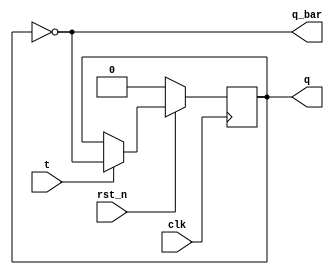
module T_flipflop (
  input clk, rst_n,
  input t,
  output reg q,
  output q_bar
  );
  
  // always@(posedge clk or negedge rst_n) // for asynchronous reset
  always@(posedge clk) begin // for synchronous reset
    if(!rst_n) q <= 0;
    else begin
      q <= (t?~q:q);
    end
  end
  assign q_bar = ~q;
endmodule